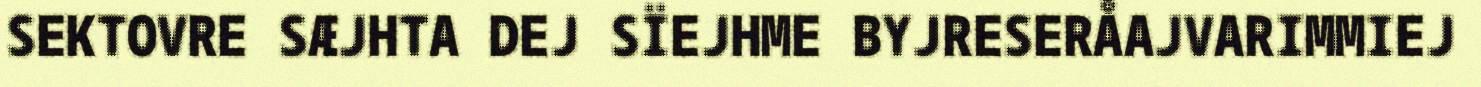
SEKTOVRE SÆJHTA DEJ SÏEJHME BYJRESERÅAJVARIMMIEJ